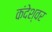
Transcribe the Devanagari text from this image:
कंदेश्वर